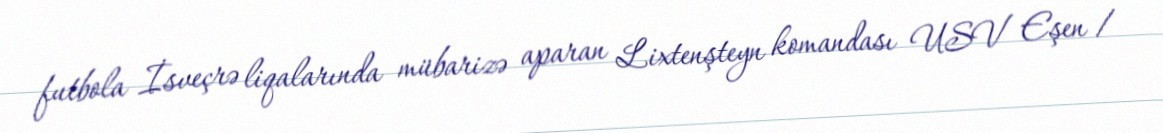
futbola İsveçrə liqalarında mübarizə aparan Lixtenşteyn komandası USV Eşen /